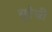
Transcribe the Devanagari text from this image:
सूरेची